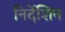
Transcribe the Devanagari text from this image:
निर्देशिन